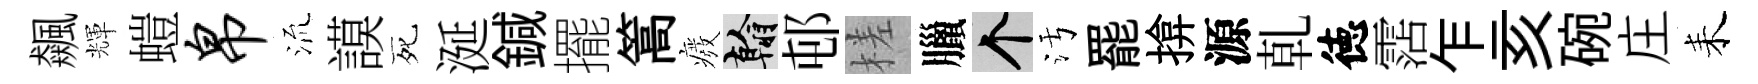
飆輝螘帛𣴑謨死涎鍼擺篙癈翰邨槎臘个污罷揜源乹徳霑乍亥碗庄耒